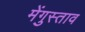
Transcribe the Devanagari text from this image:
मेंगुस्ताव